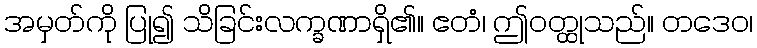
အမှတ်ကို ပြု၍ သိခြင်းလက္ခဏာရှိ၏။ ဧတံ၊ ဤဝတ္ထုသည်။ တဒေဝ၊